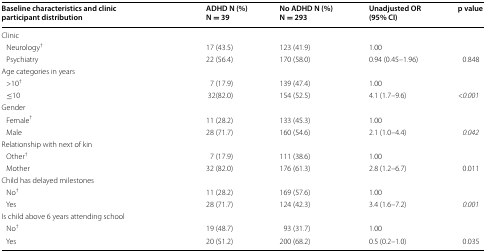
<table><thead><tr><td><b>Baseline characteristics and clinic participant distribution</b></td><td><b>ADHD N (%) N = 39</b></td><td><b>No ADHD N (%) N = 293</b></td><td><b>Unadjusted OR (95% CI)</b></td><td><b>p value</b></td></tr></thead><tbody><tr><td colspan="5">Clinic</td></tr><tr><td> Neurology<sup>†</sup></td><td>17 (43.5)</td><td>123 (41.9)</td><td>1.00</td><td></td></tr><tr><td> Psychiatry</td><td>22 (56.4)</td><td>170 (58.0)</td><td>0.94 (0.45–1.96)</td><td>0.848</td></tr><tr><td colspan="5">Age categories in years</td></tr><tr><td> &gt;10<sup>†</sup></td><td>7 (17.9)</td><td>139 (47.4)</td><td>1.00</td><td></td></tr><tr><td> ≤10</td><td>32(82.0)</td><td>154 (52.5)</td><td>4.1 (1.7–9.6)</td><td><i>&lt;0.001</i></td></tr><tr><td colspan="5">Gender</td></tr><tr><td> Female<sup>†</sup></td><td>11 (28.2)</td><td>133 (45.3)</td><td>1.00</td><td></td></tr><tr><td> Male</td><td>28 (71.7)</td><td>160 (54.6)</td><td>2.1 (1.0–4.4)</td><td><i>0.042</i></td></tr><tr><td colspan="5">Relationship with next of kin</td></tr><tr><td> Other<sup>†</sup></td><td>7 (17.9)</td><td>111 (38.6)</td><td>1.00</td><td></td></tr><tr><td> Mother</td><td>32 (82.0)</td><td>176 (61.3)</td><td>2.8 (1.2–6.7)</td><td>0.011</td></tr><tr><td colspan="5">Child has delayed milestones</td></tr><tr><td> No<sup>†</sup></td><td>11 (28.2)</td><td>169 (57.6)</td><td>1.00</td><td></td></tr><tr><td> Yes</td><td>28 (71.7)</td><td>124 (42.3)</td><td>3.4 (1.6–7.2)</td><td><i>0.001</i></td></tr><tr><td colspan="5">Is child above 6 years attending school</td></tr><tr><td> No<sup>†</sup></td><td>19 (48.7)</td><td>93 (31.7)</td><td>1.00</td><td></td></tr><tr><td> Yes</td><td>20 (51.2)</td><td>200 (68.2)</td><td>0.5 (0.2–1.0)</td><td>0.035</td></tr></tbody></table>